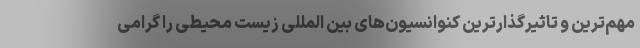
مهم‌ترین و تاثیرگذارترین کنوانسیون‌های بین المللی زیست محیطی را گرامی